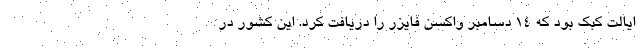
ایالت کبک بود که ۱۴ دسامبر واکسن فایزر را دریافت کرد. این کشور در